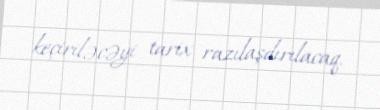
keçiriləcəyi tarix razılaşdırılacaq.